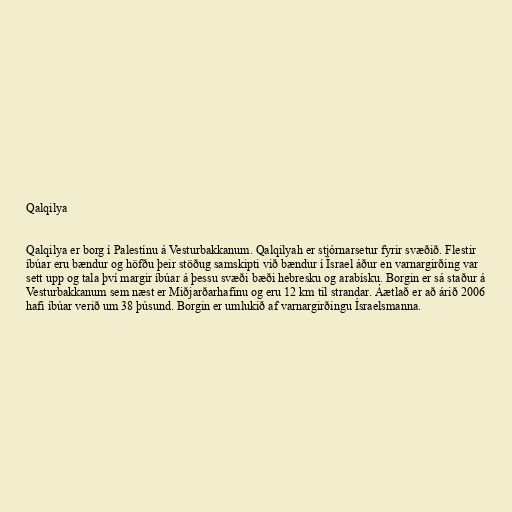
Qalqilya

Qalqilya er borg í Palestínu á Vesturbakkanum. Qalqilyah er stjórnarsetur fyrir svæðið. Flestir
íbúar eru bændur og höfðu þeir stöðug samskipti við bændur í Ísrael áður en varnargirðing var
sett upp og tala því margir íbúar á þessu svæði bæði hebresku og arabísku. Borgin er sá staður á
Vesturbakkanum sem næst er Miðjarðarhafinu og eru 12 km til strandar. Áætlað er að árið 2006
hafi íbúar verið um 38 þúsund. Borgin er umlukið af varnargirðingu Ísraelsmanna.